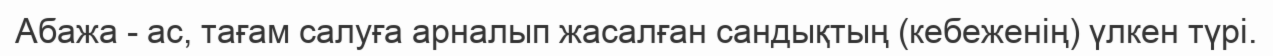
Абажа - ас, тағам салуға арналып жасалған сандықтың (кебеженің) үлкен түрі.